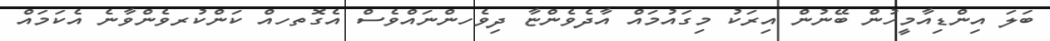
ބަލަ އިންޑިއާމީހުން ބޭނުން އިރަކު މިގައުމައް އާދެވެންޏާ ދިވެހންނައްވެސް އެގޮތހއް ކަންކުރވެންވާނެ އެކަމައް